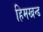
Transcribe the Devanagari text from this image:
हिमखन्ड